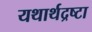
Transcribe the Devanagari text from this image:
यथार्थद्रष्टा